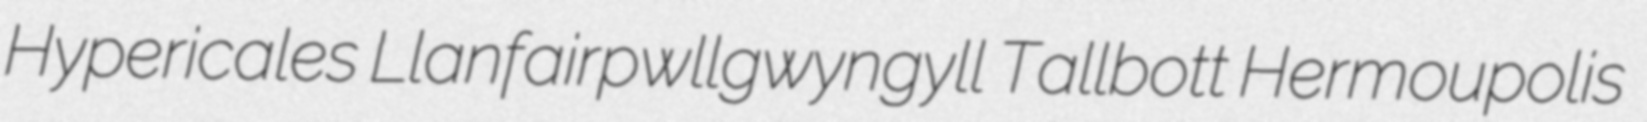
Hypericales Llanfairpwllgwyngyll Tallbott Hermoupolis